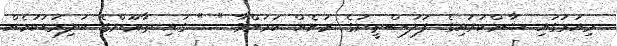
މިއަރުގައި ޝާމްކަރައިގެ ފަލަސްޠީނުގެ ރަށެއް ކަމަށްވާ " " ގައި ޠާޢޫންގެ ބަލިމަޑުކަމެއް